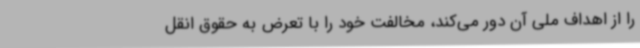
را از اهداف ملی آن دور می‌کند، مخالفت خود را با تعرض به حقوق انقل